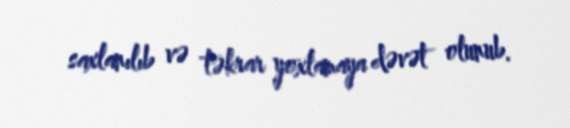
saxlanılıb və təkrar yoxlamaya dəvət olunub.